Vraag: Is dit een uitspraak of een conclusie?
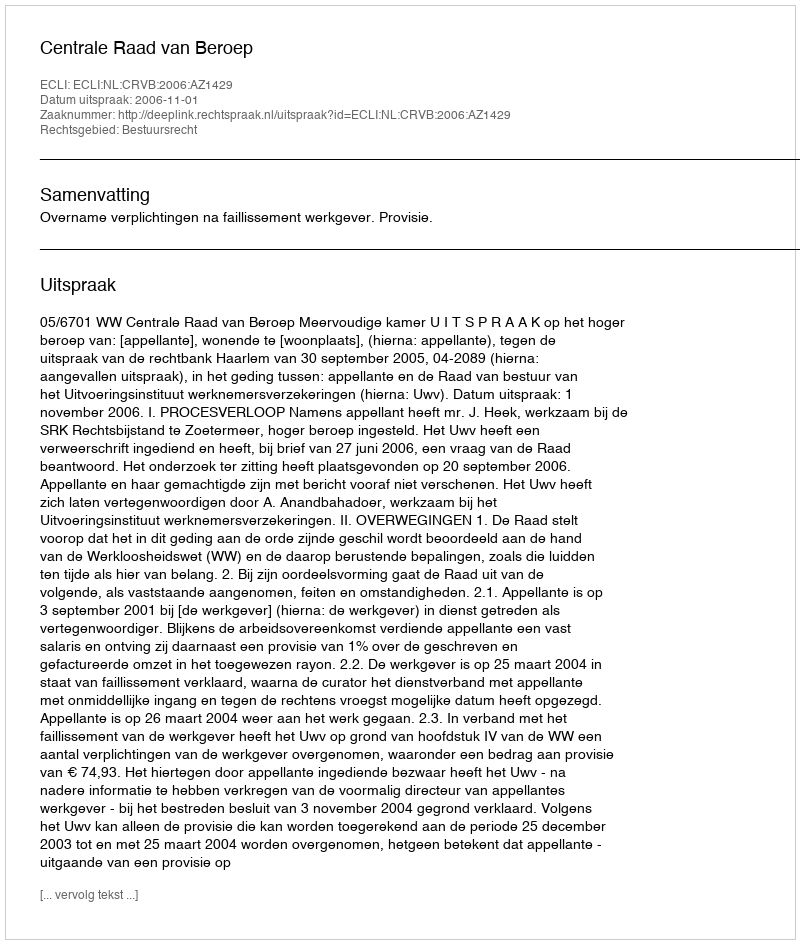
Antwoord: Uitspraak